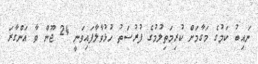
ނައިބު ކަމުގެ މަގާމަށް ކުރިމަތިލުމުގެ ފުރުސަތު ހުޅުވާލާފައިވަނީ 24 ޖޫން ވާ އަންގާރަ